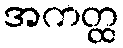
အကတ္ထ